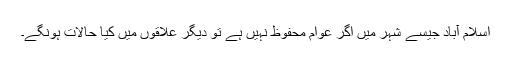
اسلام آباد جیسے شہر میں اگر عوام محفوظ نہیں ہے تو دیگر علاقوں میں کیا حالات ہونگے۔